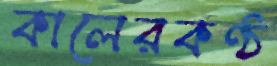
কালেরকণ্ঠ